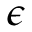
\epsilon